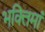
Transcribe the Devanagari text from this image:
भक्तिमां